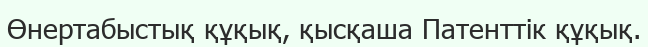
Өнертабыстық құқық, қысқаша Патенттік құқық.